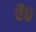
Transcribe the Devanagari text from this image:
वै०